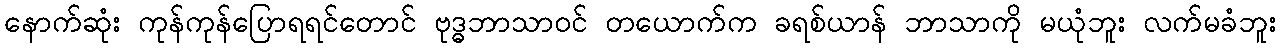
နောက်ဆုံး ကုန်ကုန်ပြောရရင်တောင် ဗုဒ္ဓဘာသာဝင် တယောက်က ခရစ်ယာန် ဘာသာကို မယုံဘူး လက်မခံဘူး